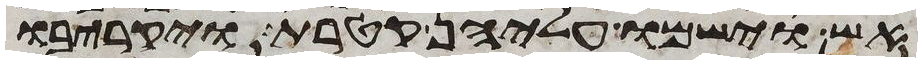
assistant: אש וישמו עליהן קטרת ויקריבו